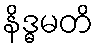
နိဒ္ဓမတိ